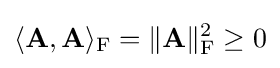
\langle \mathbf {A} ,\mathbf {A} \rangle _{\mathrm {F} }=\|\mathbf {A} \|_{\mathrm {F} }^{2}\geq 0